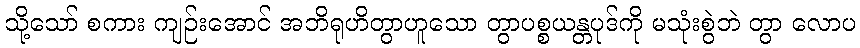
သို့သော် စကား ကျဉ်းအောင် အဘိရုဟိတွာဟူသော တွာပစ္စယန္တပုဒ်ကို မသုံးစွဲဘဲ တွာ လောပ